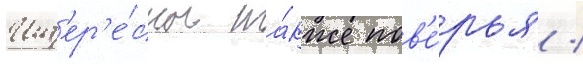
Инт'ер'е́сны та́кже пов'е́рья /